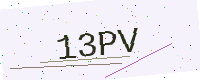
Text: 13PV